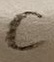
Text: C